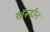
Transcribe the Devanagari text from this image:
खॅरूद्दीन